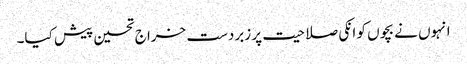
انہوں نے بچوں کو انکی صلاحیت پر زبردست خراج تحسین پیش کیا۔